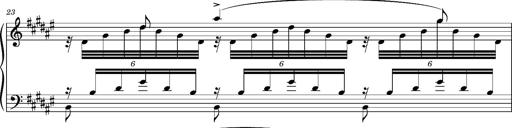
Title: Cavatine de Robert le Diable
Composer: Franz Liszt
Key: F-sharp minor